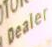
Dealer